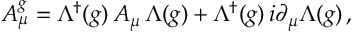
A _ { \mu } ^ { g } = \Lambda ^ { \dagger } ( g ) \, A _ { \mu } \, \Lambda ( g ) + \Lambda ^ { \dagger } ( g ) \, i \partial _ { \mu } \Lambda ( g ) \, ,